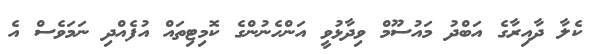
ކެލާ ދާއިރާގެ އަބްދު މައުސޫމް ވިދާޅުވީ އަންހެނުންގެ ކޮމިޓިތައް އުފެއްދި ނަމަވެސް އެ